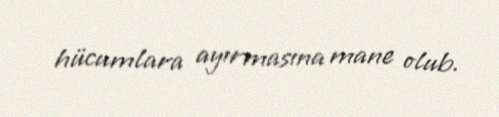
hücumlara ayırmasına mane olub.